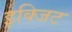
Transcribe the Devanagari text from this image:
इक्जिट